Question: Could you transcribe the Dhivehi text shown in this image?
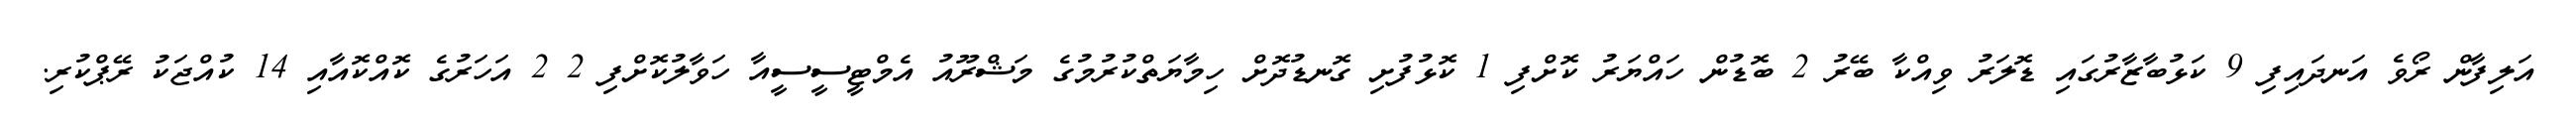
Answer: އަލިފާން ރޯވެ އަނދައިފި 9 ކަޅުބާޒާރުގައި ޑޮލަރު ވިއްކާ ބޭރު 2 ބޮޑުން ހައްޔަރު ކޮށްފި 1 ކޮޅުފުށި ގޮނޑުދޮށް ހިމާޔަތްކުރުމުގެ މަޝްރޫއު އެމްޓީސީސީއާ ހަވާލުކޮށްފި 2 2 އަހަރުގެ ކޮއްކޮއާއި 14 ކުއްޖަކު ރޭޕްކުރި.